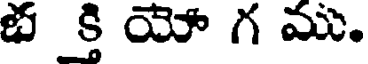
భ క్తి యో గ ము.